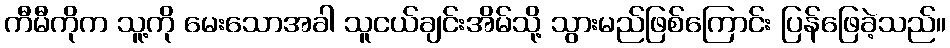
ကီမီကိုက သူ့ကို မေးသောအခါ သူငယ်ချင်းအိမ်သို့ သွားမည်ဖြစ်ကြောင်း ပြန်ဖြေခဲ့သည်။